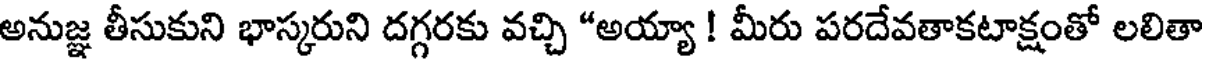
అనుజ్ఞ తీసుకుని భాస్కరుని దగ్గరకు వచ్చి "అయ్యా ! మీరు పరదేవతాకటాక్షంతో లలితా